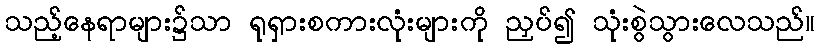
သည့်နေရာများ၌သာ ရုရှားစကားလုံးများကို ညှပ်၍ သုံးစွဲသွားလေသည်။